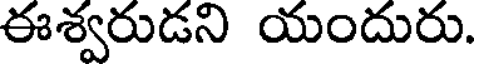
ఈశ్వరుడని యందురు.